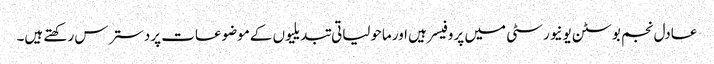
عادل نجم بوسٹن یونیورسٹی میں پروفیسر ہیں اورماحولیاتی تبدیلیوں کےموضوعات پردسترس رکھتے ہیں۔